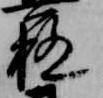
極